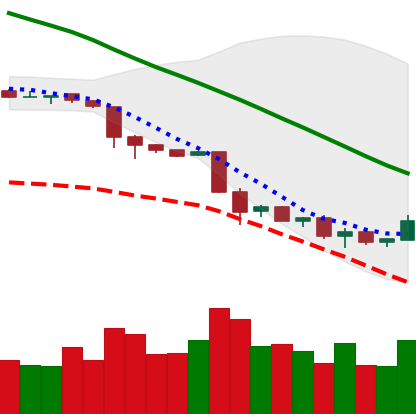
Ticker: NEO-USD
Chart end date: 2018-11-28
Forward return: -12.305%
Label: down_7plus